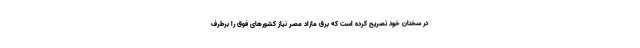
در سخنان خود تصریح کرده است که برق مازاد مصر نیاز کشورهای فوق را برطرف